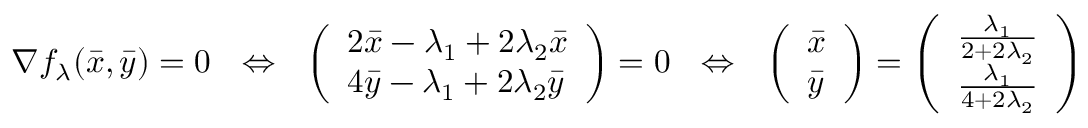
\nabla f _ { \lambda } ( \bar { x } , \bar { y } ) = 0 ~ ~ \Leftrightarrow ~ ~ \left( \begin{array} { l } { 2 \bar { x } - \lambda _ { 1 } + 2 \lambda _ { 2 } \bar { x } } \\ { 4 \bar { y } - \lambda _ { 1 } + 2 \lambda _ { 2 } \bar { y } } \end{array} \right) = 0 ~ ~ \Leftrightarrow ~ ~ \left( \begin{array} { l } { \bar { x } } \\ { \bar { y } } \end{array} \right) = \left( \begin{array} { l } { \frac { \lambda _ { 1 } } { 2 + 2 \lambda _ { 2 } } } \\ { \frac { \lambda _ { 1 } } { 4 + 2 \lambda _ { 2 } } } \end{array} \right)